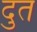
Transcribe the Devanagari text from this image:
दुत